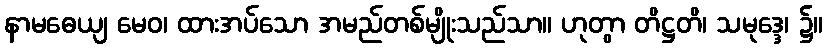
နာမဓေယျ မေဝ၊ ထားအပ်သော အမည်တစ်မျိုးသည်သာ။ ဟုတွာ တိဋ္ဌတိ၊ သမုဒ္ဒေ၊ ၌။